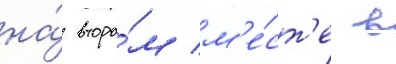
на́ второ́м м'е́ст'е в